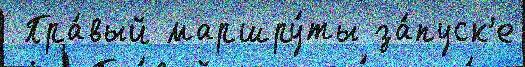
 Пра́вый маршру́ты за́пуск'е